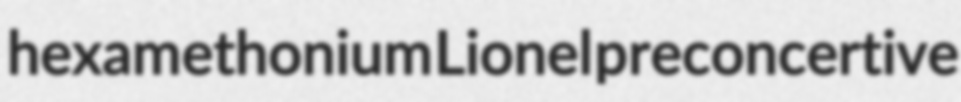
hexamethonium Lionel preconcertive